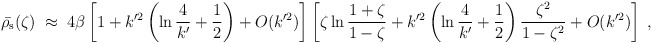
\begin{align*}\bar{\rho_{\rm s}}(\zeta)\;\approx\;4\beta\left[ 1+k'^2\left(\ln{4\over k'}+{1\over 2}\right)+O(k'^2)\right]\left[ \zeta \ln {1+\zeta\over 1-\zeta}+k'^2\left( \ln {4\over k'} +{1\over 2}\right){\zeta^2\over 1-\zeta^2}+O(k'^2)\right]\;,\end{align*}